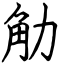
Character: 觔